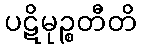
ပဋိမုဉ္စတီတိ